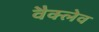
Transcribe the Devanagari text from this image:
वैक्लेव